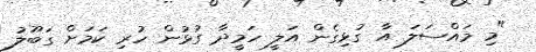
"މި މައްސަލަ އާ ގުޅިގެން އަލީ ހަމީދާ ގުޅުން ހުރި ކަމަށް ގަބޫލު